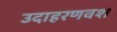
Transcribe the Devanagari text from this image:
उदाहरणवश